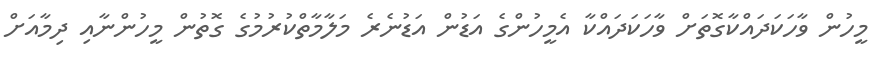
މީހުން ވާހަކަދައްކާގޮތަށް ވާހަކަދައްކާ އެމީހުންގެ އަޑުން އަޑުނެރެ މަލާމާތްކުރުމުގެ ގޮތުން މީހުންނާއި ދިމާއަށް